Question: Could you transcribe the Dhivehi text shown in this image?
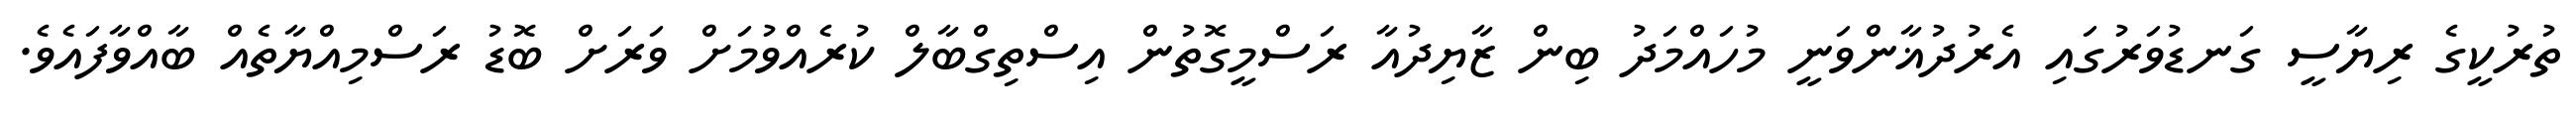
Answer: ތުރުކީގެ ރިޔާސީ ގަނޑުވަރުގައި އެރުދުޣާންވަނީ މުހައްމަދު ބިން ޒާޔިދުއާ ރަސްމީގޮތުން އިސްތިގްބާލް ކުރެއްވުމަށް ވަރަށް ބޮޑު ރަސްމިއްޔާތެއް ބާއްވާފައެވެ.